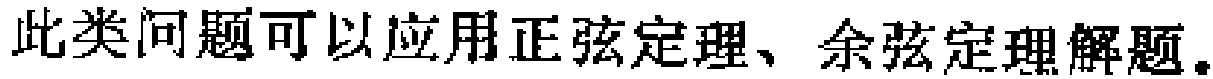
此类问题可以应用正弦定理、余弦定理解题。